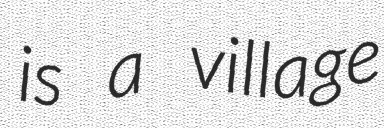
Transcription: is a village